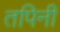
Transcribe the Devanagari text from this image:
तपिनी